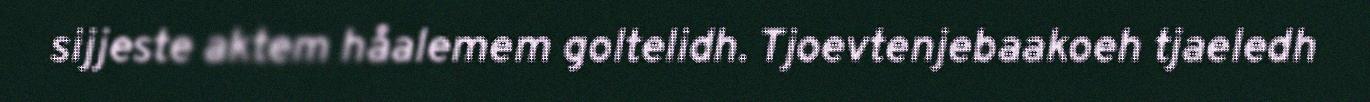
sijjeste aktem håalemem goltelidh. Tjoevtenjebaakoeh tjaeledh